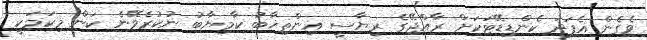
ވެގެން އެފަދަ ކެންޑިޑޭޓަކަށް ރާއްޖޭގެ ރިޔާސީ އިންތިޚާބު ކާމިޔާބު ނުކުރެވޭނެ ކަން މިކަމަކީ